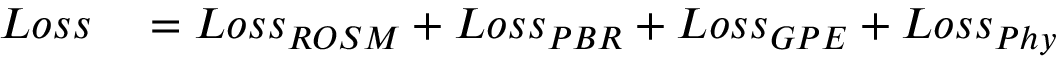
\begin{array} { r l } { L o s s } & { { } = L o s s _ { R O S M } + L o s s _ { P B R } + L o s s _ { G P E } + L o s s _ { P h y } } \end{array}